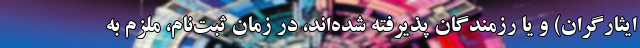
ایثارگران) و یا رزمندگان پذیرفته‌ شده‌اند، در زمان ثبت‌نام، ملزم به